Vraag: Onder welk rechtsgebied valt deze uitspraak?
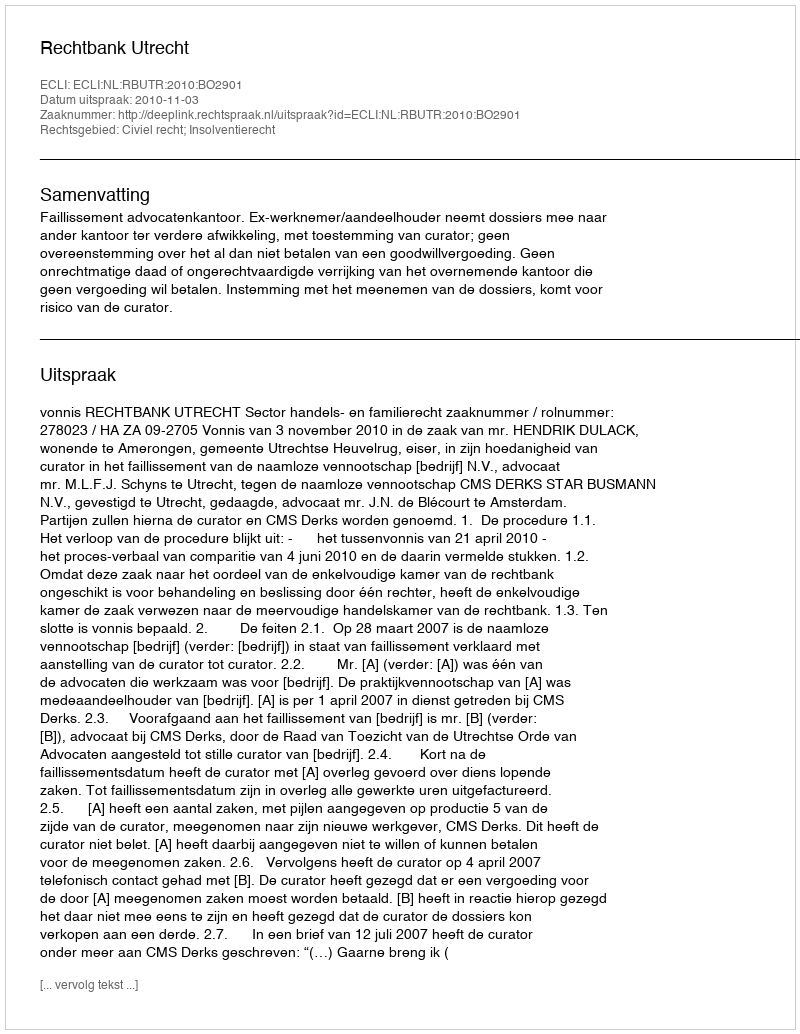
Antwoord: Civiel recht; Insolventierecht